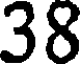
38